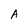
Character: A